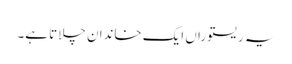
یہ ریستوراں ایک خاندان چلاتا ہے۔